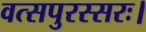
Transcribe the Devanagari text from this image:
वत्सपुरस्सरः।